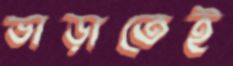
ভাড়াতেই